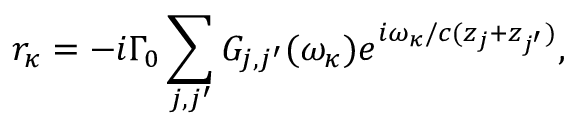
r _ { { { \kappa } } } = - i \Gamma _ { 0 } \sum _ { j , j ^ { \prime } } G _ { j , j ^ { \prime } } ( \omega _ { { { \kappa } } } ) e ^ { i \omega _ { { { \kappa } } } / c ( z _ { j } + z _ { j ^ { \prime } } ) } ,